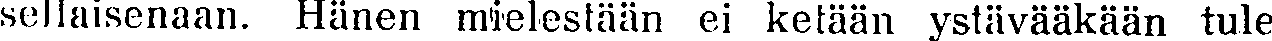
sellaisenaan. Hänen mielestään ei ketään ystävääkään tule